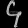
Digit: ၄